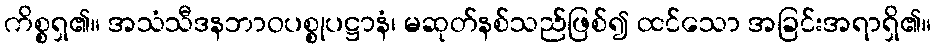
ကိစ္စရှ၏။ အသံသီဒနဘာဝပစ္စုပဋ္ဌာနံ၊ မဆုတ်နစ်သည်ဖြစ်၍ ထင်သော အခြင်းအရာရှိ၏။